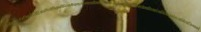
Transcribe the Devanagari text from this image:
बुरूंडीकोमोरोज़जिबूतीईरीट्रियाइथियोपियाकीनियामैडागास्करमलावीमारीशसमोजाम्बिकरवांडासेशल्ससोमालियातंजानियायुगांडाजाम्बियाज़िम्बाबवे